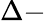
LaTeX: \Delta-